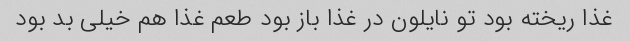
غذا ریخته بود تو نایلون در غذا باز بود طعم غذا هم خیلی بد بود